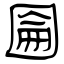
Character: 圇